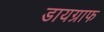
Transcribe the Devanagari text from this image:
डायग्राफ